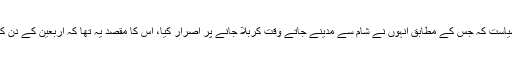
شاید حضرت زینب(سلام اللہ علیھا ) کی مدبرانہ "ولائی” سیاست کہ جس کے مطابق اُنہوں نے شام سے مدینے جاتے وقت کربلا جانے پر اصرار کیا، اس کا مقصد یہ تها کہ اربعین کے دن کربلا میں یہ چهوٹا سا مگر پُر معنیٰ اجتماع منعقد ہو سکے۔